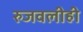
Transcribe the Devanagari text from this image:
रुजवलीही